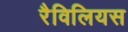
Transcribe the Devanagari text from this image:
रैविलियस